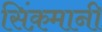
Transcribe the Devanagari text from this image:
सिंक़मानी